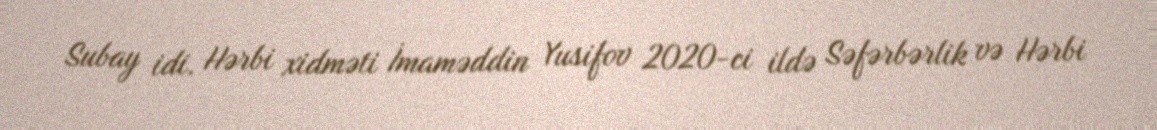
Subay idi. Hərbi xidməti İmaməddin Yusifov 2020-ci ildə Səfərbərlik və Hərbi